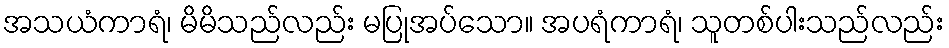
အသယံကာရံ၊ မိမိသည်လည်း မပြုအပ်သော။ အပရံကာရံ၊ သူတစ်ပါးသည်လည်း